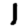
Digit: 1